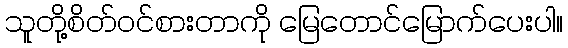
သူတို့စိတ်ဝင်စားတာကို မြေတောင်မြောက်ပေးပါ။